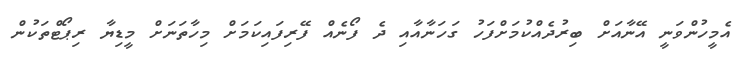
އެމީހުންވަނީ އޭނާއަށް ބިރުދެއްކުމަށްފަހު ގަހަނާއާއި ދެ ފޯނެއް ފޭރިފައިކަމަށް މިހާތަނަށް މީޑިޔާ ރިޕޯޓްތަކުން